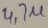
Text: 4,7µ